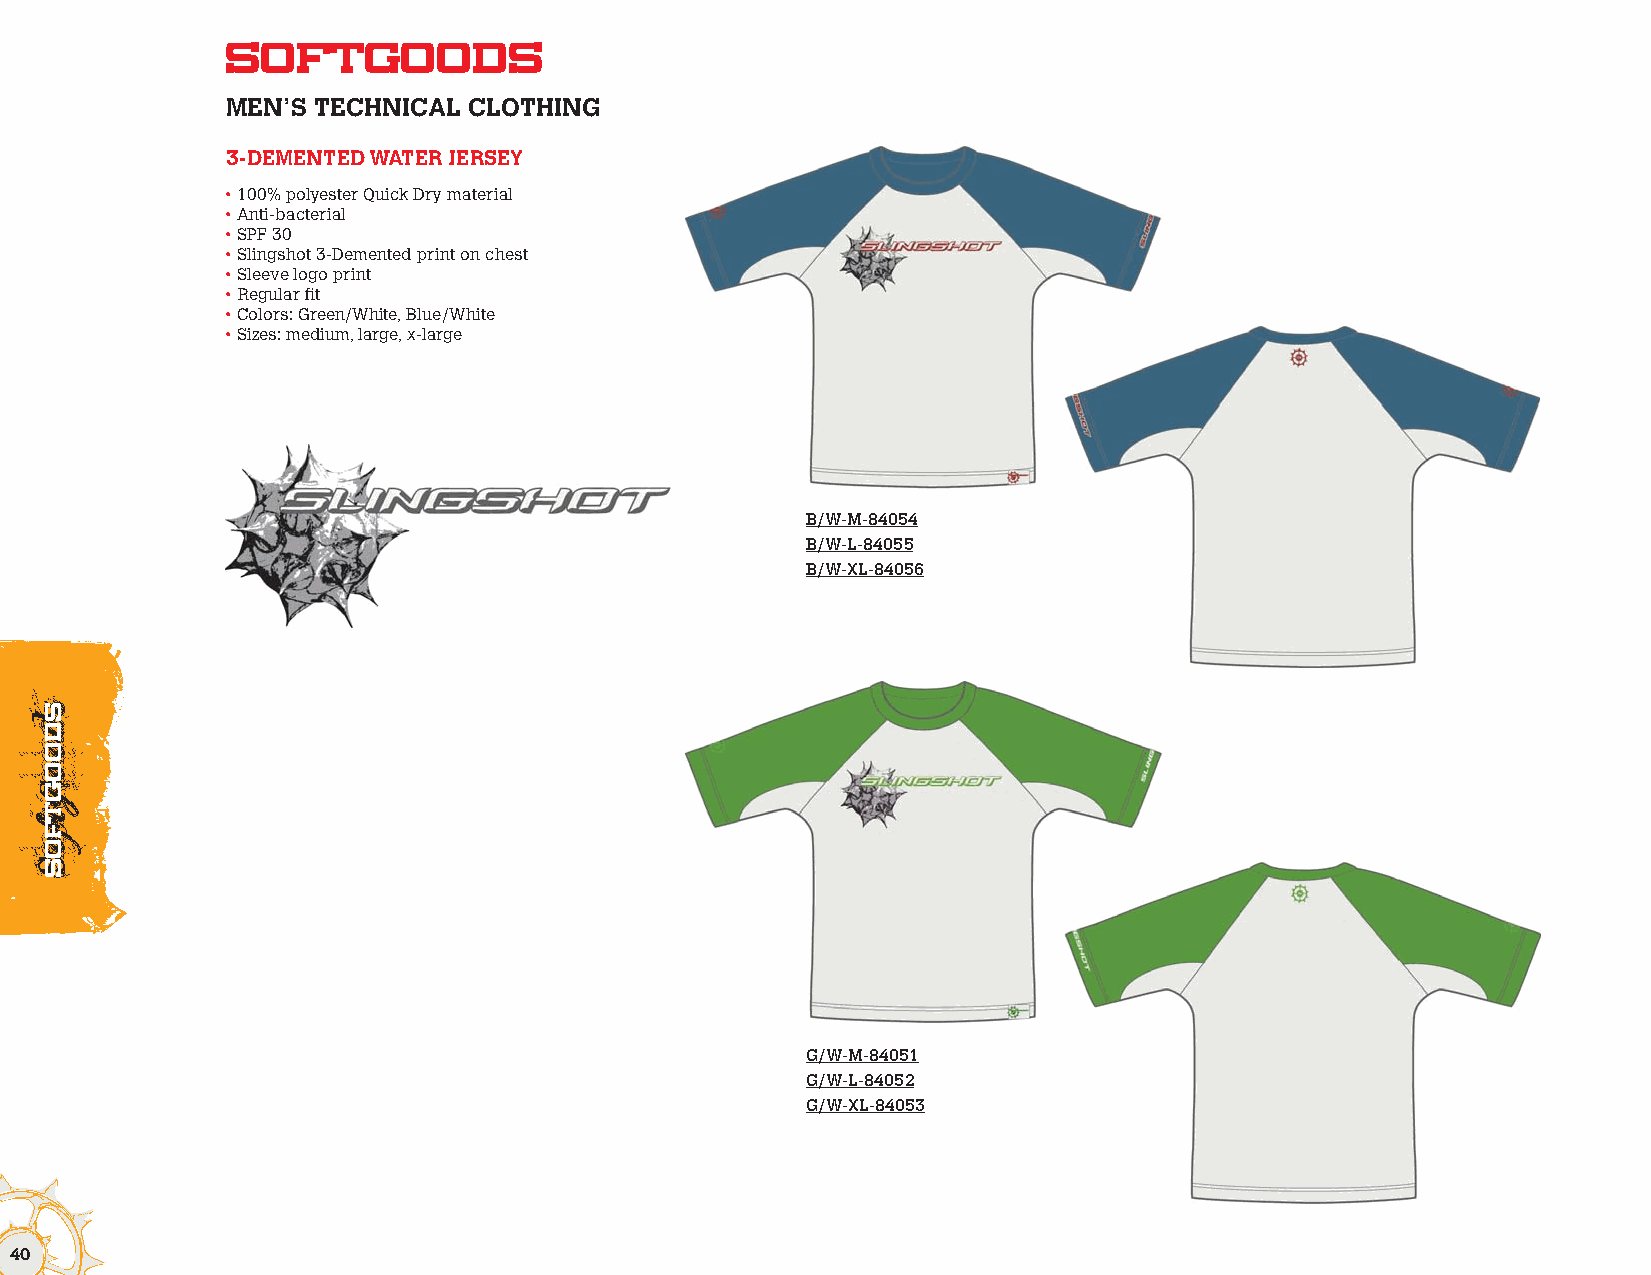
Softgoods
 MEN’S TECHNICAL CLOTHING
 3-DEMENTED WATER JERSEY
 • 100% polyester Quick Dry material
 • Anti-bacterial
 • SPF 30
 • Slingshot 3-Demented print on chest
 • Sleeve logo print
 • Regular fit
 • Colors: Green/White, Blue/White
 • Sizes: medium, large, x-large
 B/W-M-84054
 B/W-L-84055
 B/W-XL-84056
 G/W-M-84051
 G/W-L-84052
 G/W-XL-84053
 40
 ssddooooggttffooSs